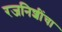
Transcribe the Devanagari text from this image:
रजनिशींचा